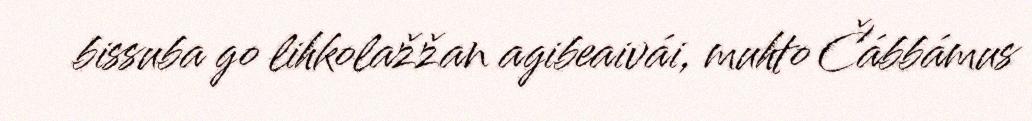
bissuba go lihkolažžan agibeaivái, muhto Čábbámus